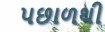
પછાળથી